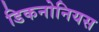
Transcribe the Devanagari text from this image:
डिकनोनियस